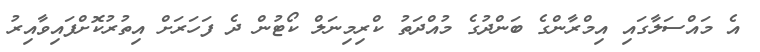
އެ މައްސަލާގައި އިމްރާންގެ ބަންދުގެ މުއްދަތު ކްރިމިނަލް ކޯޓުން ދެ ފަހަރަށް އިތުރުކޮށްފައިވާއިރު